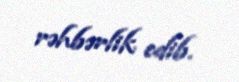
rəhbərlik edib.